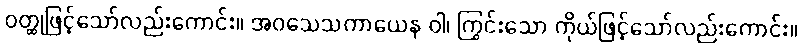
ဝတ္ထုဖြင့်သော်လည်းကောင်း။ အဝသေသကာယေန ဝါ၊ ကြွင်းသော ကိုယ်ဖြင့်သော်လည်းကောင်း။